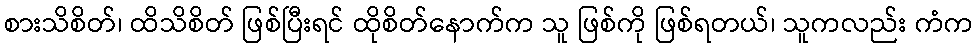
စားသိစိတ်၊ ထိသိစိတ် ဖြစ်ပြီးရင် ထိုစိတ်နောက်က သူ ဖြစ်ကို ဖြစ်ရတယ်၊ သူကလည်း ကံက